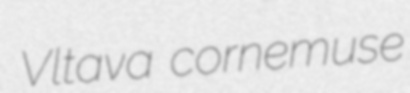
Vltava cornemuse